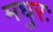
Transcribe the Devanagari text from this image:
मधुरः